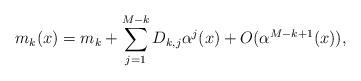
LaTeX: \begin{align*}m_k(x)=m_k+\sum_{j=1}^{M-k} D_{k,j}\alpha^j(x)+O(\alpha^{M-k+1}(x)),\end{align*}